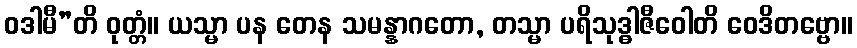
ဝဒါမီ”တိ ဝုတ္တံ။ ယသ္မာ ပန တေန သမန္နာဂတော, တသ္မာ ပရိသုဒ္ဓါဇီဝေါတိ ဝေဒိတဗ္ဗော။